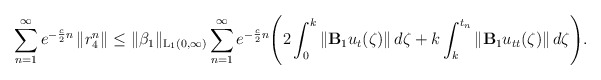
\begin{align*} \sum\limits_{n=1}^{\infty} e^{-\frac{c}{2}n}\left\|r_4^n \right\| \leq \|\beta_1\|_{\mathrm{L_1}(0,\infty)} \sum\limits_{n=1}^{\infty} e^{-\frac{c}{2}n} \Biggr( 2\int_{0}^{k}\left\|\mathbf{B}_1u_{t}(\zeta)\right\| d\zeta + k \int_{k}^{t_n}\left\|\mathbf{B}_1u_{tt}(\zeta)\right\| d\zeta \Biggr). \end{align*}